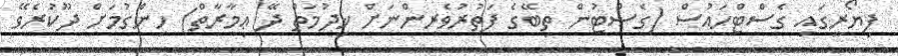
ފިޔޯރީގައި ގެސްޓްހައުސް (ގެސްޓުން ތިބޭގެ ފަތުރުވެރިންނަށް ޚިދުމަތް ދޭ ޢިމާރާތް) ހިންގުމަށް ދޫކުރެވޭ